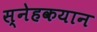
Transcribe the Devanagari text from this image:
स्नेहकयान